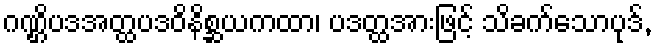
ဂဏ္ဌိပဒအတ္ထပဒဝိနိစ္ဆယကထာ၊ ပဒတ္ထအားဖြင့် သိခက်သောပုဒ်,